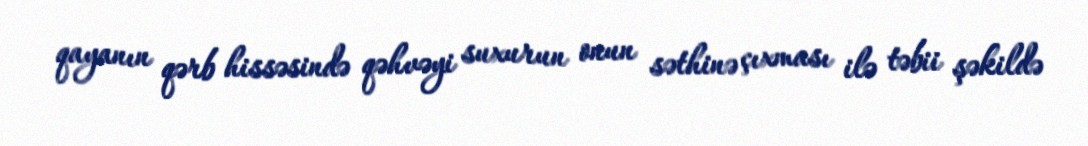
qayanın qərb hissəsində qəhvəyi suxurun onun səthinə çıxması ilə təbii şəkildə